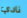
نادي